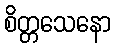
စိတ္တသေနော